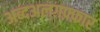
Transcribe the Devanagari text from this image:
अब्दअलग़फ़्फ़ार